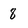
Character: 8